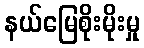
နယ်မြေစိုးမိုးမှု